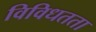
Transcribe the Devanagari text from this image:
विविधतता